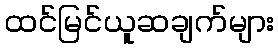
ထင်မြင်ယူဆချက်များ